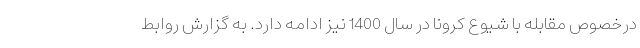
درخصوص مقابله با شیوع کرونا در سال 1400 نیز ادامه دارد. به گزارش روابط